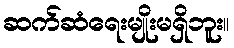
ဆက်ဆံရေးမျိုးမရှိဘူး။